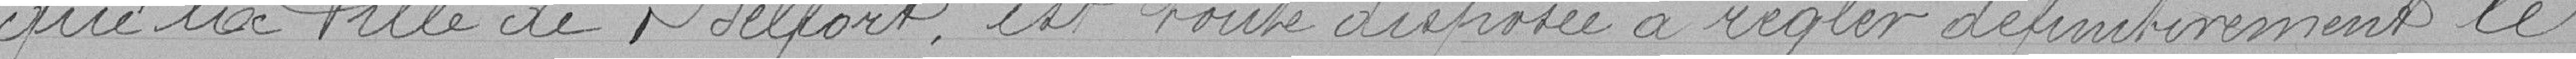
que la Ville de Belfort est toute disposée à régler définitivement le